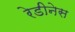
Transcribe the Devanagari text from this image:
रेडीनेस